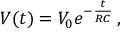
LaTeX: V ( t ) = V _ { 0 } e ^ { - { \frac { t } { R C } } } \, ,